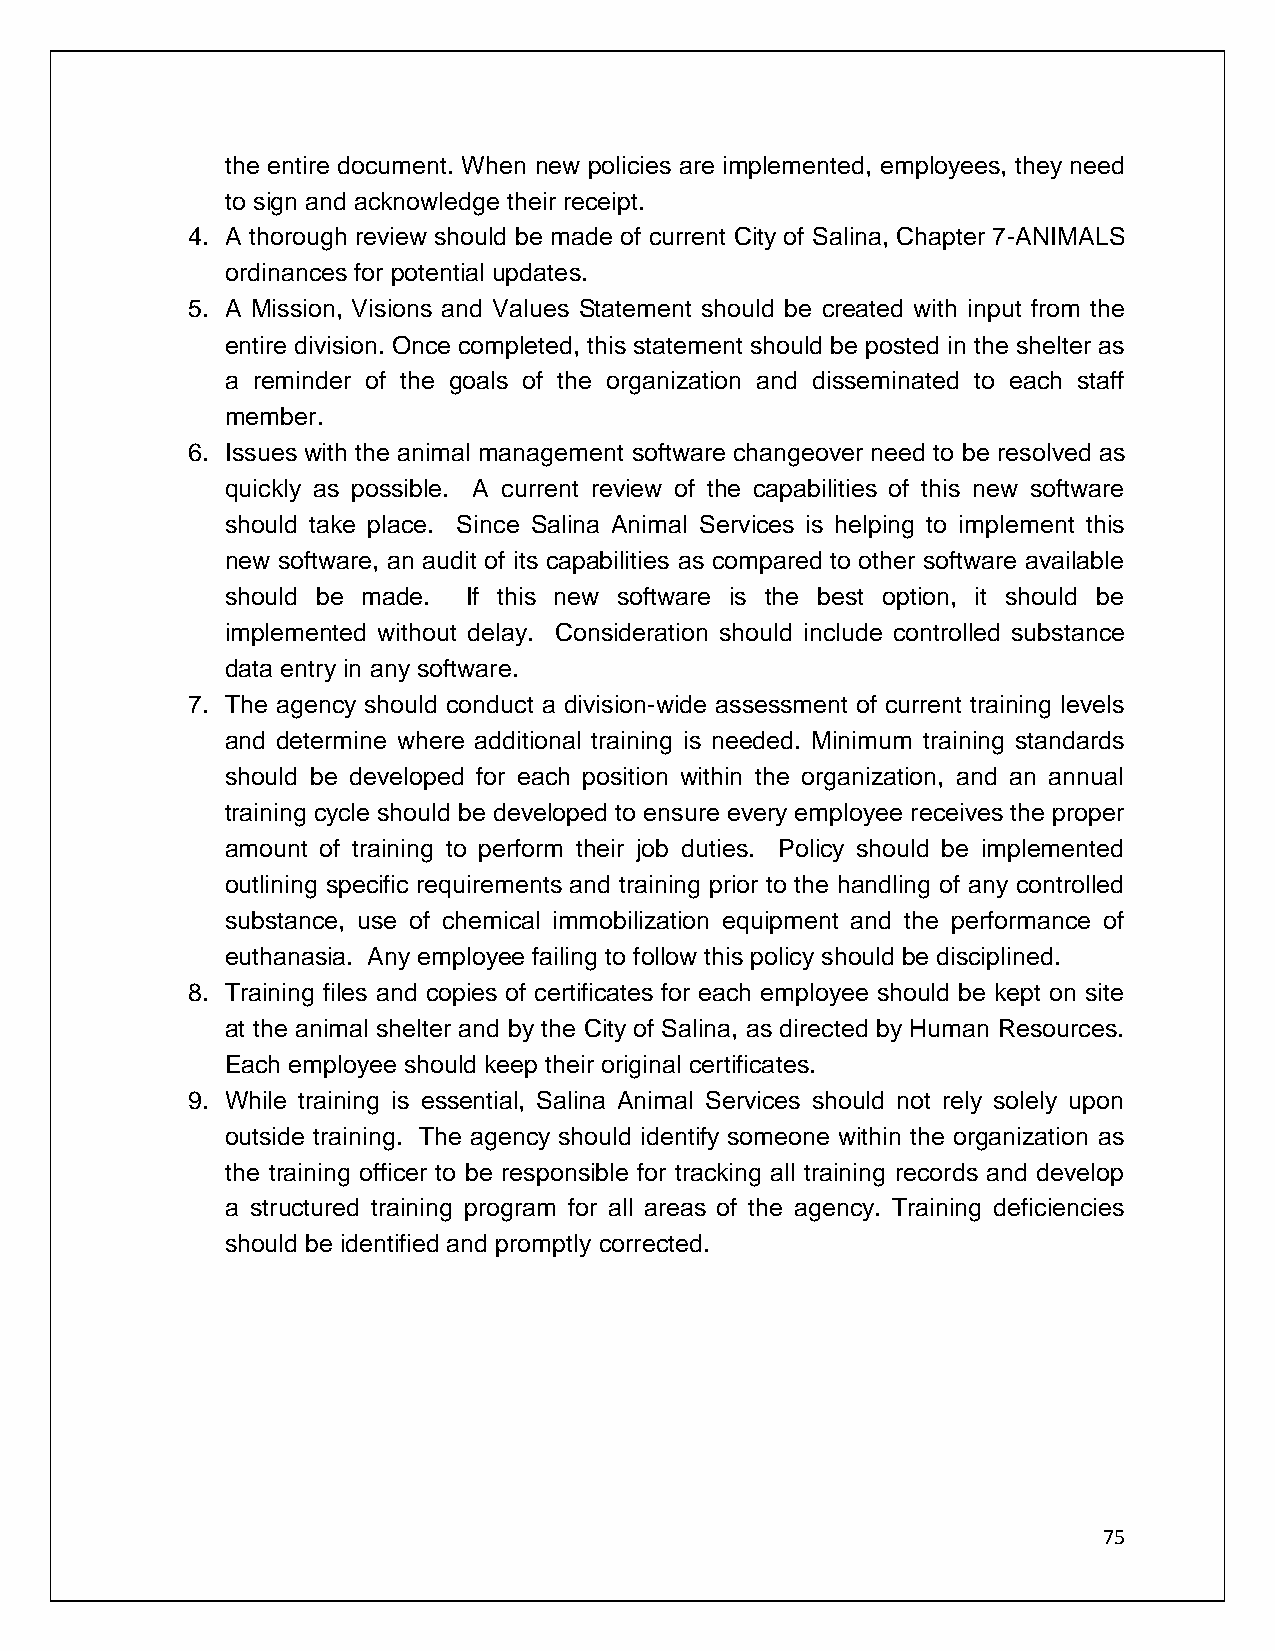
the entire document. When new policies are implemented, employees, they need
 to sign and acknowledge their receipt.
 4. A thorough review should be made of current City of Salina, Chapter 7-ANIMALS
 ordinances for potential updates.
 5. A Mission, Visions and Values Statement should be created with input from the
 entire division. Once completed, this statement should be posted in the shelter as
 a reminder of the goals of the organization and disseminated to each staff
 member.
 6. Issues with the animal management software changeover need to be resolved as
 quickly as possible. A current review of the capabilities of this new software
 should take place. Since Salina Animal Services is helping to implement this
 new software, an audit of its capabilities as compared to other software available
 should be made. If this new software is the best option, it should be
 implemented without delay. Consideration should include controlled substance
 data entry in any software.
 7. The agency should conduct a division-wide assessment of current training levels
 and determine where additional training is needed. Minimum training standards
 should be developed for each position within the organization, and an annual
 training cycle should be developed to ensure every employee receives the proper
 amount of training to perform their job duties. Policy should be implemented
 outlining specific requirements and training prior to the handling of any controlled
 substance, use of chemical immobilization equipment and the performance of
 euthanasia. Any employee failing to follow this policy should be disciplined.
 8. Training files and copies of certificates for each employee should be kept on site
 at the animal shelter and by the City of Salina, as directed by Human Resources.
 Each employee should keep their original certificates.
 9. While training is essential, Salina Animal Services should not rely solely upon
 outside training. The agency should identify someone within the organization as
 the training officer to be responsible for tracking all training records and develop
 a structured training program for all areas of the agency. Training deficiencies
 should be identified and promptly corrected.
 75